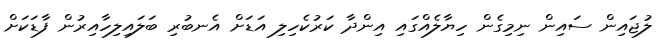
ލުޖައިން ސައިން ނިމިގެން ހިޔާލެއްގައި އިންދާ ކަރުކެހިލި އަޑަށް އެނބުރި ބަލައިލިހާއިރުން ފާޑަކަށް